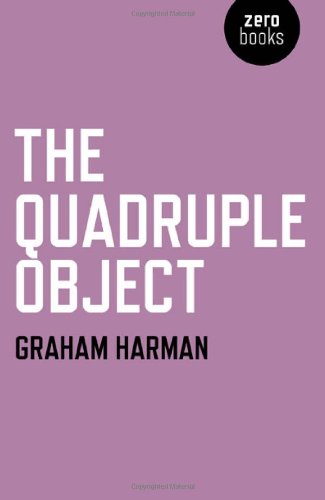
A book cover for The Quadruple Object; Graham Harman; Politics & Social Sciences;